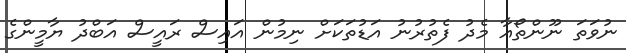
ނުވަތަ ނޫންތޯއާ މެދު ފެތުރުނު އަޑުތަކަށް ނިމުން އައިސް ރައީސް އަބްދު ޔާމީންގެ